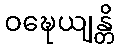
ဝဍ္ဎေယျန္တိ